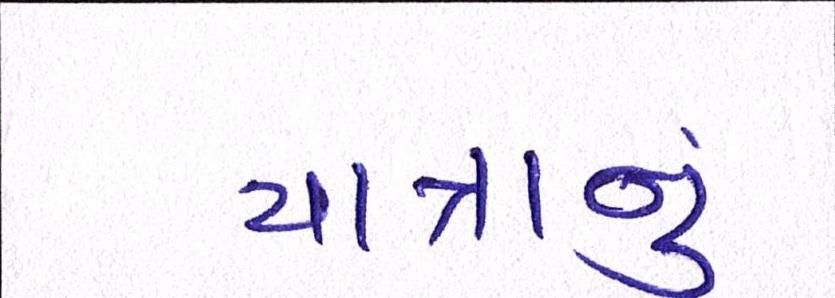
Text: યાત્રાનું